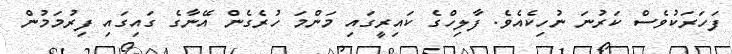
ފަހަރަކުވެސް ކަރުނަ ނުހިކެއެވެ. ފާލިހްގެ ކައިރީގައި މަންމަ ހުރެގެން އޭނާގެ ގައިގައި ފިރުމަމުން